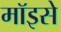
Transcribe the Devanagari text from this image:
मॉइसे